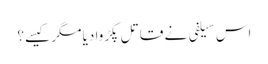
اس سیلفی نے قاتل پکڑوا دیا مگر کیسے؟